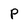
Character: p